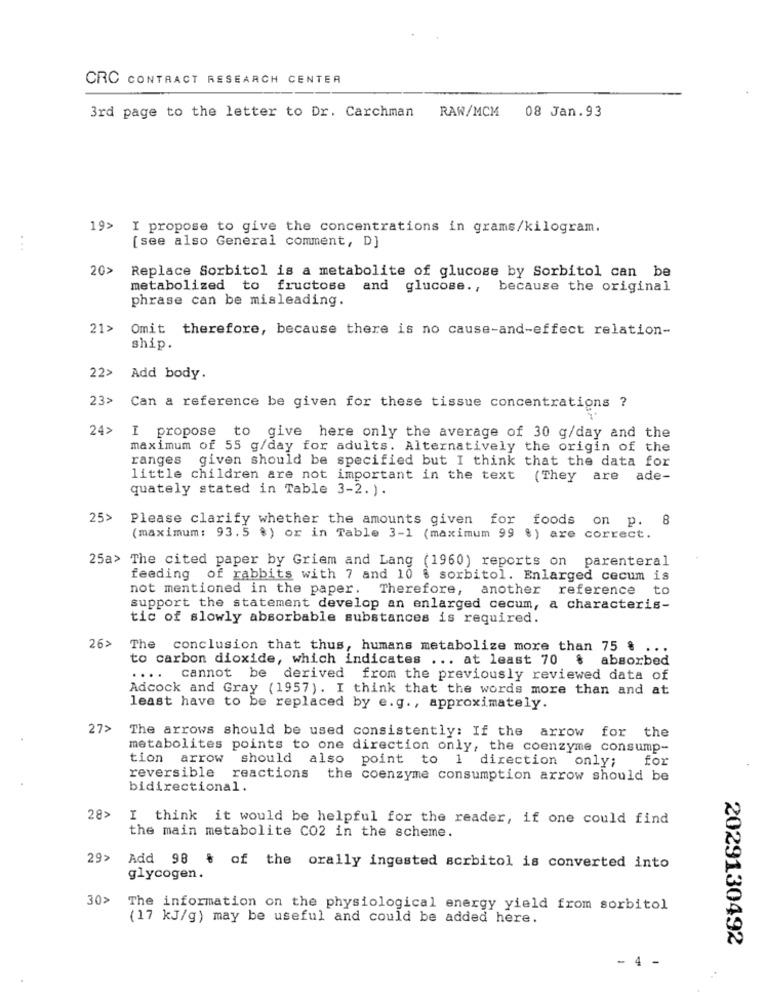
CRC CONTRACT RESEARCH CENTER
3rd page to the letter to Dr. Carchman RAW/MCM 08 Jan.93
19>
I propose to give the concentrations in grams/kilogram.
...
[see also General comment, D]
20>
Replace Sorbitol is a metabolite of glucose by Sorbitol can be
metabolized to fructose and glucose .,
because the original
phrase can be misleading.
21>
Omit therefore, because there is no cause-and-effect relation-
ship.
22>
Add body.
23>
Can a reference be given for these tissue concentrations ?
24>
I propose to give here only the average of 30 g/day and the
maximum of 55 g/day for adults. Alternatively the origin of the
ranges given should be specified but I think that the data for
little children are not important in the text
(They are ade-
quately stated in Table 3-2. ).
25>
Please clarify whether the amounts given for foods on p.
8
(maximum: 93.5 %) or in Table 3-1 (maximum 99 %) are correct.
25a> The cited paper by Griem and Lang (1960) reports on parenteral
feeding of rabbits with 7 and 10 % sorbitol. Enlarged cecum is
not mentioned in the paper. Therefore, another reference to
support the statement develop an enlarged cecum, a characteris-
tic of slowly absorbable substances is required.
26>
The conclusion that thus, humans metabolize more than 75 %
..
to carbon dioxide, which indicates ... at least 70
$ absorbed
.... cannot be derived from the previously reviewed data of
Adcock and Gray (1957) . I think that the words more than and at
least have to be replaced by e.g ., approximately.
27>
The arrows should be used consistently: If the arrow for the
metabolites points to one direction only, the coenzyme consump-
tion arrow should also point to 1 direction only; for
reversible
reactions the coenzyme consumption arrow should be
bidirectional.
28>
I think it would be helpful for the reader, if one could find
the main metabolite CO2 in the scheme.
29>
Add 98 % of the orally ingested sorbitol is converted into
glycogen.
30>
The information on the physiological energy yield from sorbitol
(17 KJ/g) may be useful and could be added here.
2029130492
- 4 -